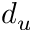
d _ { u }